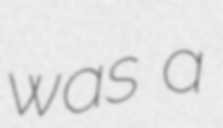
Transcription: was a